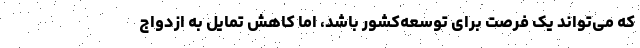
که‌ می‌تواند یک فرصت برای توسعه‌کشور باشد، اما کاهش تمایل به ازدواج